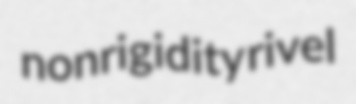
nonrigidity rivel